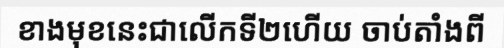
ខាងមុខនេះជាលើកទី២ហើយ ចាប់តាំងពី